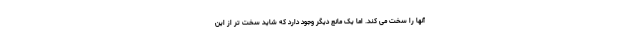
آنها را سخت می کند. اما یک مانع دیگر وجود دارد که شاید سخت تر از این